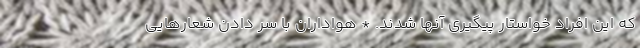
که این افراد خواستار پیگیری آنها شدند. * هواداران با سر دادن شعارهایی